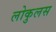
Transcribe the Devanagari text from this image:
लोकुलस